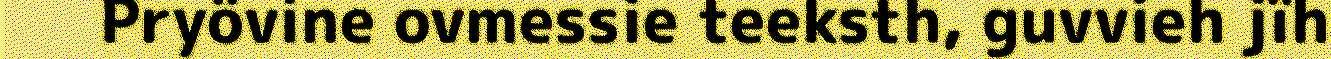
Pryövine ovmessie teeksth, guvvieh jïh